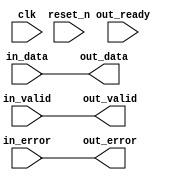
// --------------------------------------------------------------------------------
//| Avalon Streaming Timing Adapter
// --------------------------------------------------------------------------------
// altera message_level level1

`timescale 1ns / 100ps
module qsys_10g_eth_10g_design_example_0_eth_10g_mac_tx_st_timing_adapter_splitter_status_in (
    
      // Interface: clk
      input              clk,
      // Interface: reset
      input              reset_n,
      // Interface: in
      input              in_valid,
      input      [39: 0] in_data,
      input      [ 6: 0] in_error,
      // Interface: out
      output reg         out_valid,
      output reg [39: 0] out_data,
      output reg [ 6: 0] out_error,
      input              out_ready
);




   // ---------------------------------------------------------------------
   //| Signal Declarations
   // ---------------------------------------------------------------------

   reg  [46: 0] in_payload;
   reg  [46: 0] out_payload;
   reg  [ 0: 0] ready;
   reg          in_ready;
   // synthesis translate_off
   always @(negedge in_ready) begin
      $display("%m: The downstream component is backpressuring by deasserting ready, but the upstream component can't be backpressured.");
   end
   // synthesis translate_on   


   // ---------------------------------------------------------------------
   //| Payload Mapping
   // ---------------------------------------------------------------------
   always @* begin
     in_payload = {in_data,in_error};
     {out_data,out_error} = out_payload;
   end

   // ---------------------------------------------------------------------
   //| Ready & valid signals.
   // ---------------------------------------------------------------------
   always @* begin
     ready[0] = out_ready;
     out_valid = in_valid;
     out_payload = in_payload;
     in_ready = ready[0];
   end




endmodule